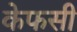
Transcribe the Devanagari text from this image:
केफसी